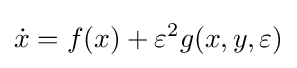
{\dot {x}}=f(x)+\varepsilon ^{2}g(x,y,\varepsilon )